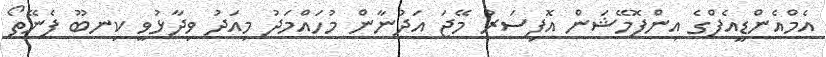
އެމްއެންޑީއެފްގެ އިންފޮމޭޝަން އޮފިސަރު މޭޖަ އަދުނާން މުހައްމަދު މިއަދު ވިދާޅުވީ ކިނބޫޫ ފެނޭތޯ